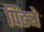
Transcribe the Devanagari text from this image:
पिंड्ये